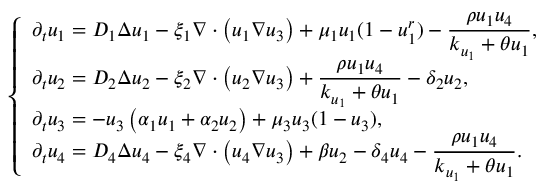
\left\{ \begin{array} { l l } { \displaystyle { \partial _ { t } u _ { 1 } = D _ { 1 } \Delta u _ { 1 } - \xi _ { 1 } \nabla \cdot \left( u _ { 1 } \nabla u _ { 3 } \right) + \mu _ { 1 } u _ { 1 } ( 1 - u _ { 1 } ^ { r } ) - \frac { \rho u _ { 1 } u _ { 4 } } { k _ { u _ { 1 } } + \theta u _ { 1 } } } , } \\ { \displaystyle { \partial _ { t } u _ { 2 } = D _ { 2 } \Delta u _ { 2 } - \xi _ { 2 } \nabla \cdot \left( u _ { 2 } \nabla u _ { 3 } \right) + \frac { \rho u _ { 1 } u _ { 4 } } { k _ { u _ { 1 } } + \theta u _ { 1 } } - \delta _ { 2 } u _ { 2 } , } } \\ { \displaystyle { \partial _ { t } u _ { 3 } = - u _ { 3 } \left( \alpha _ { 1 } u _ { 1 } + \alpha _ { 2 } u _ { 2 } \right) + \mu _ { 3 } u _ { 3 } ( 1 - u _ { 3 } ) , } } \\ { \displaystyle { \partial _ { t } u _ { 4 } = D _ { 4 } \Delta u _ { 4 } - \xi _ { 4 } \nabla \cdot \left( u _ { 4 } \nabla u _ { 3 } \right) + \beta u _ { 2 } - \delta _ { 4 } u _ { 4 } - \frac { \rho u _ { 1 } u _ { 4 } } { k _ { u _ { 1 } } + \theta u _ { 1 } } } . } \end{array} \right.